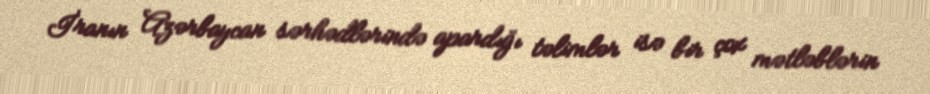
İranın Azərbaycan sərhədlərində apardığı təlimlər isə bir çox mətləblərin